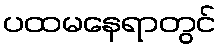
ပထမနေရာတွင်